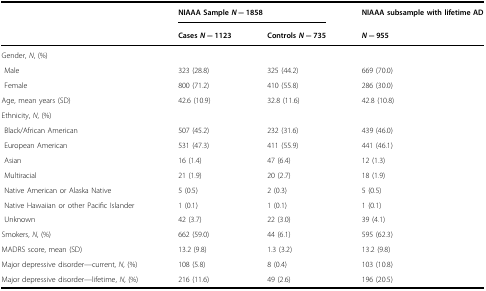
|  | <COLSPAN=2> NIAAA Sample N = 1858 | NIAAA subsample with lifetime AD |
 |  | Cases N = 1123 | Controls N = 735 | N = 955 |
 | --- | --- | --- | --- |
 | <COLSPAN=4> Gender, N, (%) |
 | Male | 323 (28.8) | 325 (44.2) | 669 (70.0) |
 | Female | 800 (71.2) | 410 (55.8) | 286 (30.0) |
 | Age, mean years (SD) | 42.6 (10.9) | 32.8 (11.6) | 42.8 (10.8) |
 | <COLSPAN=4> Ethnicity, N, (%) |
 | Black/African American | 507 (45.2) | 232 (31.6) | 439 (46.0) |
 | European American | 531 (47.3) | 411 (55.9) | 441 (46.1) |
 | Asian | 16 (1.4) | 47 (6.4) | 12 (1.3) |
 | Multiracial | 21 (1.9) | 20 (2.7) | 18 (1.9) |
 | Native American or Alaska Native | 5 (0.5) | 2 (0.3) | 5 (0.5) |
 | Native Hawaiian or other Pacific Islander | 1 (0.1) | 1 (0.1) | 1 (0.1) |
 | Unknown | 42 (3.7) | 22 (3.0) | 39 (4.1) |
 | Smokers, N, (%) | 662 (59.0) | 44 (6.1) | 595 (62.3) |
 | MADRS score, mean (SD) | 13.2 (9.8) | 1.3 (3.2) | 13.2 (9.8) |
 | Major depressive disorder—current, N, (%) | 108 (5.8) | 8 (0.4) | 103 (10.8) |
 | Major depressive disorder—lifetime, N, (%) | 216 (11.6) | 49 (2.6) | 196 (20.5) |